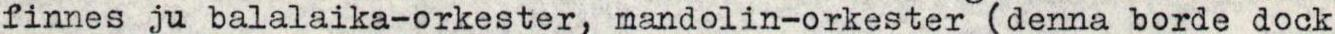
finnes ju balalaika-orkester, mandolin-orkester (denna borde dock